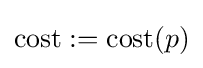
\mathrm {cost} :=\mathrm {cost} (p)